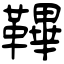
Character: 鞸